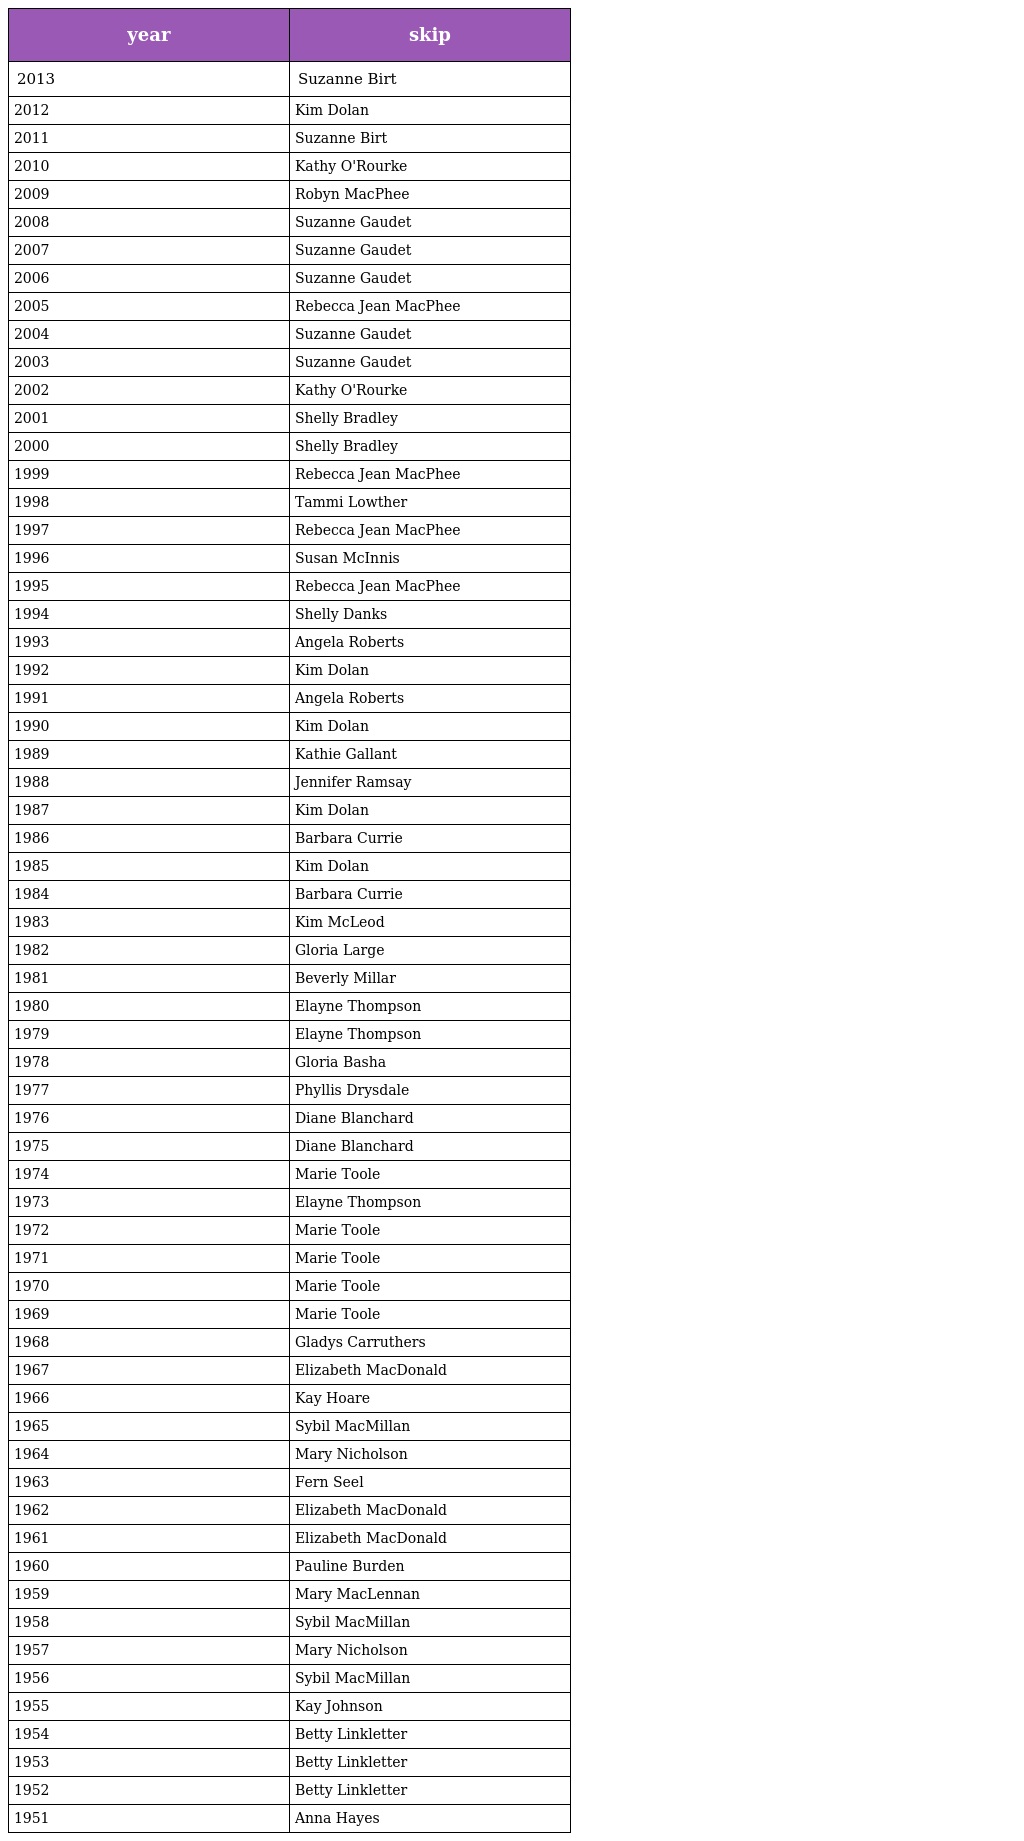
| year | skip |
 | --- | --- |
 | 2013 | Suzanne Birt |
 | 2012 | Kim Dolan |
 | 2011 | Suzanne Birt |
 | 2010 | Kathy O'Rourke |
 | 2009 | Robyn MacPhee |
 | 2008 | Suzanne Gaudet |
 | 2007 | Suzanne Gaudet |
 | 2006 | Suzanne Gaudet |
 | 2005 | Rebecca Jean MacPhee |
 | 2004 | Suzanne Gaudet |
 | 2003 | Suzanne Gaudet |
 | 2002 | Kathy O'Rourke |
 | 2001 | Shelly Bradley |
 | 2000 | Shelly Bradley |
 | 1999 | Rebecca Jean MacPhee |
 | 1998 | Tammi Lowther |
 | 1997 | Rebecca Jean MacPhee |
 | 1996 | Susan McInnis |
 | 1995 | Rebecca Jean MacPhee |
 | 1994 | Shelly Danks |
 | 1993 | Angela Roberts |
 | 1992 | Kim Dolan |
 | 1991 | Angela Roberts |
 | 1990 | Kim Dolan |
 | 1989 | Kathie Gallant |
 | 1988 | Jennifer Ramsay |
 | 1987 | Kim Dolan |
 | 1986 | Barbara Currie |
 | 1985 | Kim Dolan |
 | 1984 | Barbara Currie |
 | 1983 | Kim McLeod |
 | 1982 | Gloria Large |
 | 1981 | Beverly Millar |
 | 1980 | Elayne Thompson |
 | 1979 | Elayne Thompson |
 | 1978 | Gloria Basha |
 | 1977 | Phyllis Drysdale |
 | 1976 | Diane Blanchard |
 | 1975 | Diane Blanchard |
 | 1974 | Marie Toole |
 | 1973 | Elayne Thompson |
 | 1972 | Marie Toole |
 | 1971 | Marie Toole |
 | 1970 | Marie Toole |
 | 1969 | Marie Toole |
 | 1968 | Gladys Carruthers |
 | 1967 | Elizabeth MacDonald |
 | 1966 | Kay Hoare |
 | 1965 | Sybil MacMillan |
 | 1964 | Mary Nicholson |
 | 1963 | Fern Seel |
 | 1962 | Elizabeth MacDonald |
 | 1961 | Elizabeth MacDonald |
 | 1960 | Pauline Burden |
 | 1959 | Mary MacLennan |
 | 1958 | Sybil MacMillan |
 | 1957 | Mary Nicholson |
 | 1956 | Sybil MacMillan |
 | 1955 | Kay Johnson |
 | 1954 | Betty Linkletter |
 | 1953 | Betty Linkletter |
 | 1952 | Betty Linkletter |
 | 1951 | Anna Hayes |